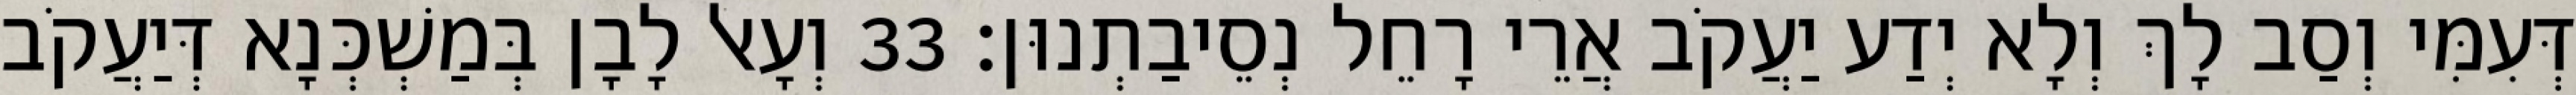
דְּעִמִּי וְסַב לָךְ וְלָא יְדַע יַעֲקֹב אֲרֵי רָחֵל נְסֵיבַתְנוּן׃ 33 וְעָאל לָבָן בְּמַשְׁכְּנָא דְּיַעֲקֹב